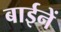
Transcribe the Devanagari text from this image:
बाईनें